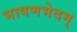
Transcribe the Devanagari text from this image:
भाषणभेदम्